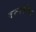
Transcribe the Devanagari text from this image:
वनपर्वाचा